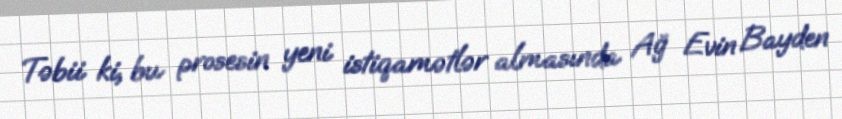
Təbii ki, bu prosesin yeni istiqamətlər almasında Ağ Evin Bayden